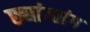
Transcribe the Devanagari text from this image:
छ्यांग्तांग